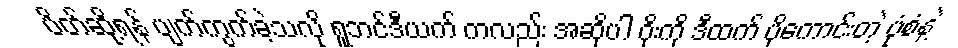
ပိတ်ဆို့ရန် ပျက်ကွက်ခဲ့သလို ရူဘင်ဒီယက် ကလည်း အဆိုပါ ဂိုးကို ဒီထက် ပိုကောင်းတဲ့ ပုံစံနဲ့